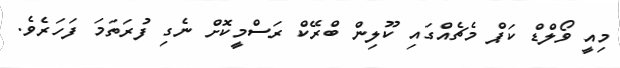
މިއީ ވޯލްޑް ކަޕް މެޗެއްގައި ކޫލިން ބްރޭކް ރަސްމީކޮށް ނެގި ފުރަތަމަ ފަހަރެވެ.